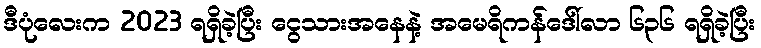
ဒီပုံလေးက 2023 ရရှိခဲ့ပြီး ငွေသားအနေနဲ့ အမေရိကန်ဒေါ်လာ ၆၃၆ ရရှိခဲ့ပြီး